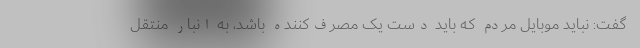
گفت: نباید موبایل مردم که باید دست یک مصرف‌کننده باشد، به انبار منتقل